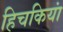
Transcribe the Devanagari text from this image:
हिचकियां